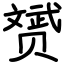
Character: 赟